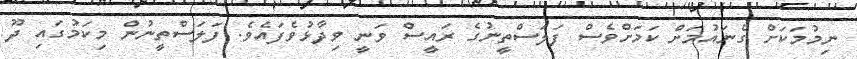
ނިމުމަކަށް ގެނައުމަށް ކަމަށްވެސް ފަލަސްތީނުގެ ރައީސް ވަނީ ވިދާޅުވެފައެވެ. ފަލަސްތީނުން މިކަމުގައި ދޫ